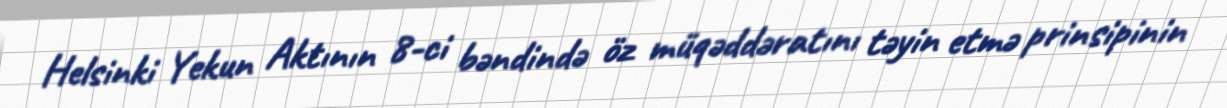
Helsinki Yekun Aktının 8-ci bəndində öz müqəddəratını təyin etmə prinsipinin